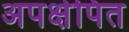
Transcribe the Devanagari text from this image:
अपक्षेपित